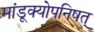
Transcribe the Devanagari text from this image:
मांडूक्योपनिषत्